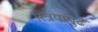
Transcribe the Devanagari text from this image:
स्त्रियांपुढे